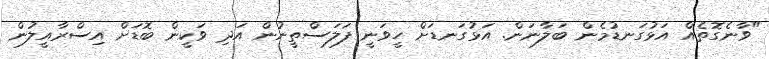
"ވާނެގޮތެއް އަޅުގަނޑުމެން ބަލާނަން. އަޅުގަނޑަށް ހީވަނީ ފަލަސްތީނުން އަދި ވަކީން ބޮޑަށް އިސްރާއީލުން